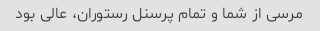
مرسی از شما و تمام پرسنل رستوران، عالی بود